Indian journal of veterinary science and animal husbandry - Volumes 24-25, 1954-1955
Year: 1954
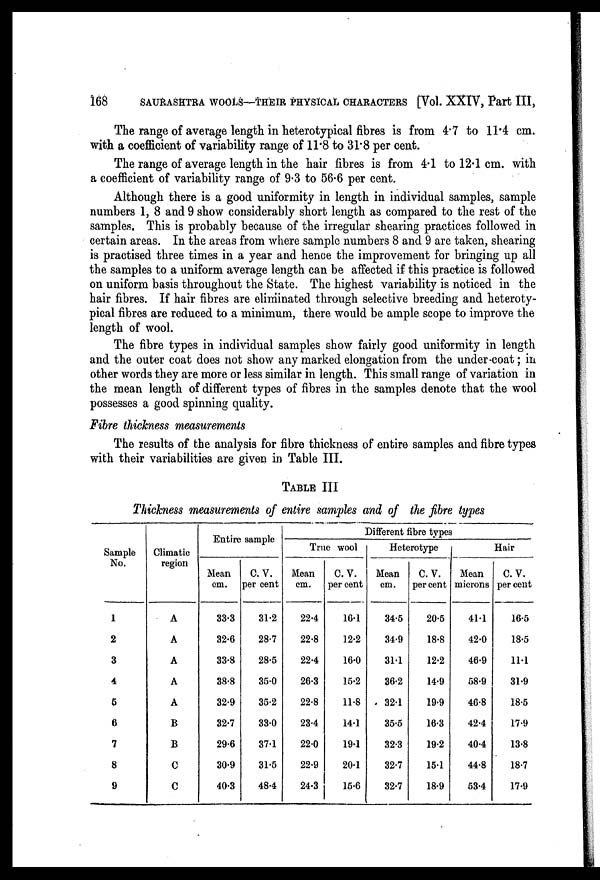
168
SAURASHTRA WOOLS—THEIR PHYSICAL CHARACTERS [Vol. XXIV, Part III,
The range of average length in heterotypical fibres is from 4.7 to 11.4 cm.
with a coefficient of variability range of 11.8 to 31.8 per cent.
The range of average length in the hair fibres is from 4.1 to 12.1 cm. with
a coefficient of variability range of 9.3 to 56.6 per cent.
Although there is a good uniformity in length in individual samples, sample
numbers 1, 8 and 9 show considerably short length as compared to the rest of the
samples. This is probably because of the irregular shearing practices followed in
certain areas. In the areas from where sample numbers 8 and 9 are taken, shearing
is practised three times in a year and hence the improvement for bringing up all
the samples to a uniform average length can be affected if this practice is followed
on uniform basis throughout the State. The highest variability is noticed in the
hair fibres. If hair fibres are eliminated through selective breeding and heteroty-
pical fibres are reduced to a minimum, there would be ample scope to improve the
length of wool.
The fibre types in individual samples show fairly good uniformity in length
and the outer coat does not show any marked elongation from the under-coat; in
other words they are more or less similar in length. This small range of variation in
the mean length of different types of fibres in the samples denote that the wool
possesses a good spinning quality.
Fibre thickness measurements
The results of the analysis for fibre thickness of entire samples and fibre types
with their variabilities are given in Table III.
TABLE III
Thickness measurements of entire samples and of the fibre types
Sample
No.
1
2
3
4
5
6
7
8
9
Climatic
region
A
A
A
A
A
B
B
C
C
Entire sample
Mean
cm.
33.3
32.6
33.8
38.8
32.9
32.7
29.6
30.9
40.3
C.V.
per cent
31.2
28.7
28.5
35.0
35.2
33.0
37.1
31.5
48.4
Different fibre types
True wool
Mean
cm.
22.4
22.8
22.4
26.3
22.8
23.4
22.0
22.9
24.3
C.V.
per cent
16.1
12.2
16.0
15.2
11.8
14.1
19.1
20.1
15.6
Heterotype
Mean
cm.
34.5
34.9
31.1
36.2
32.1
35.5
32.3
32.7
32.7
C.V.
per cent
20.5
18.8
12.2
14.9
19.9
16.3
19.2
15.1
18.9
Mean
microns
41.1
42.0
46.9
58.9
46.8
42.4
40.4
44.8
53.4
Hair
C.V.
per cent
16.5
18.5
11.1
31.9
18.5
17.9
13.8
18.7
17.9